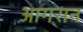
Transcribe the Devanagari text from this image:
आगरान